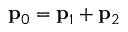
\mathbf { p } _ { 0 } = \mathbf { p } _ { 1 } + \mathbf { p } _ { 2 }